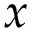
x